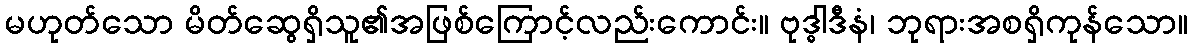
မဟုတ်သော မိတ်ဆွေရှိသူ၏အဖြစ်ကြောင့်လည်းကောင်း။ ဗုဒ္ဓါဒီနံ၊ ဘုရားအစရှိကုန်သော။